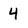
Character: 4